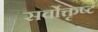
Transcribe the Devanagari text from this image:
सर्वोक्तृष्ट